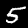
Label: 5